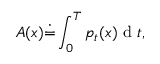
A ( x ) \dot { = } \int _ { 0 } ^ { T } p _ { t } ( x ) \mathrm { ~ d ~ } t ,